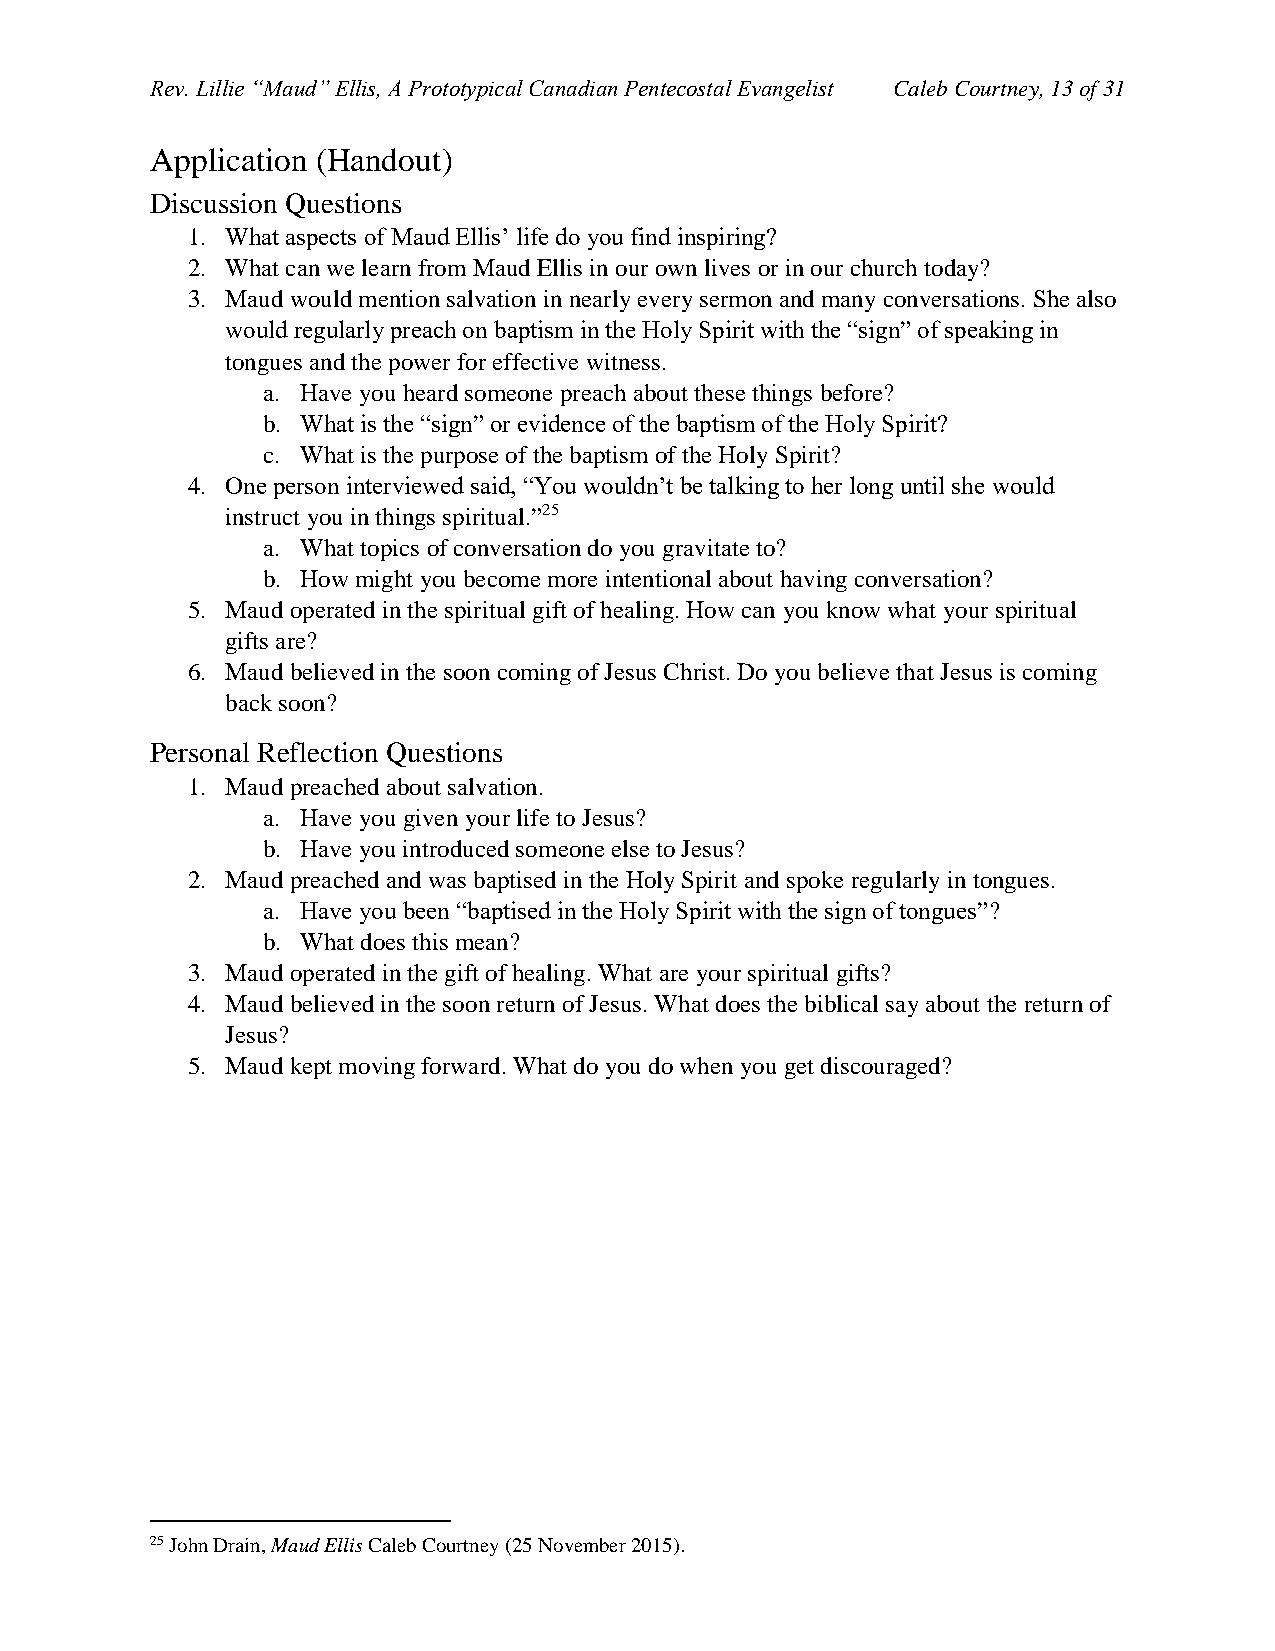
Rev. Lillie “Maud” Ellis, A Prototypical Canadian Pentecostal Evangelist Caleb Courtney, 13 of 31
 Application (Handout)
 Discussion Questions
 1. What aspects of Maud Ellis’ life do you find inspiring?
 2. What can we learn from Maud Ellis in our own lives or in our church today?
 3. Maud would mention salvation in nearly every sermon and many conversations. She also
 would regularly preach on baptism in the Holy Spirit with the “sign” of speaking in
 tongues and the power for effective witness.
 a. Have you heard someone preach about these things before?
 b. What is the “sign” or evidence of the baptism of the Holy Spirit?
 c. What is the purpose of the baptism of the Holy Spirit?
 4. One person interviewed said, “You wouldn’t be talking to her long until she would
 instruct you in things spiritual.”25
 a. What topics of conversation do you gravitate to?
 b. How might you become more intentional about having conversation?
 5. Maud operated in the spiritual gift of healing. How can you know what your spiritual
 gifts are?
 6. Maud believed in the soon coming of Jesus Christ. Do you believe that Jesus is coming
 back soon?
 Personal Reflection Questions
 1. Maud preached about salvation.
 a. Have you given your life to Jesus?
 b. Have you introduced someone else to Jesus?
 2. Maud preached and was baptised in the Holy Spirit and spoke regularly in tongues.
 a. Have you been “baptised in the Holy Spirit with the sign of tongues”?
 b. What does this mean?
 3. Maud operated in the gift of healing. What are your spiritual gifts?
 4. Maud believed in the soon return of Jesus. What does the biblical say about the return of
 Jesus?
 5. Maud kept moving forward. What do you do when you get discouraged?
 25 John Drain, Maud Ellis Caleb Courtney (25 November 2015).